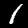
Label: 1